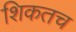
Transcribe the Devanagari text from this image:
शिकतच